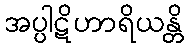
အပ္ပါဋိဟာရိယန္တိ